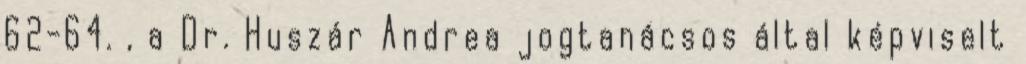
62-64. , a Dr. Huszár Andrea jogtanácsos által képviselt